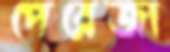
পেরেজা